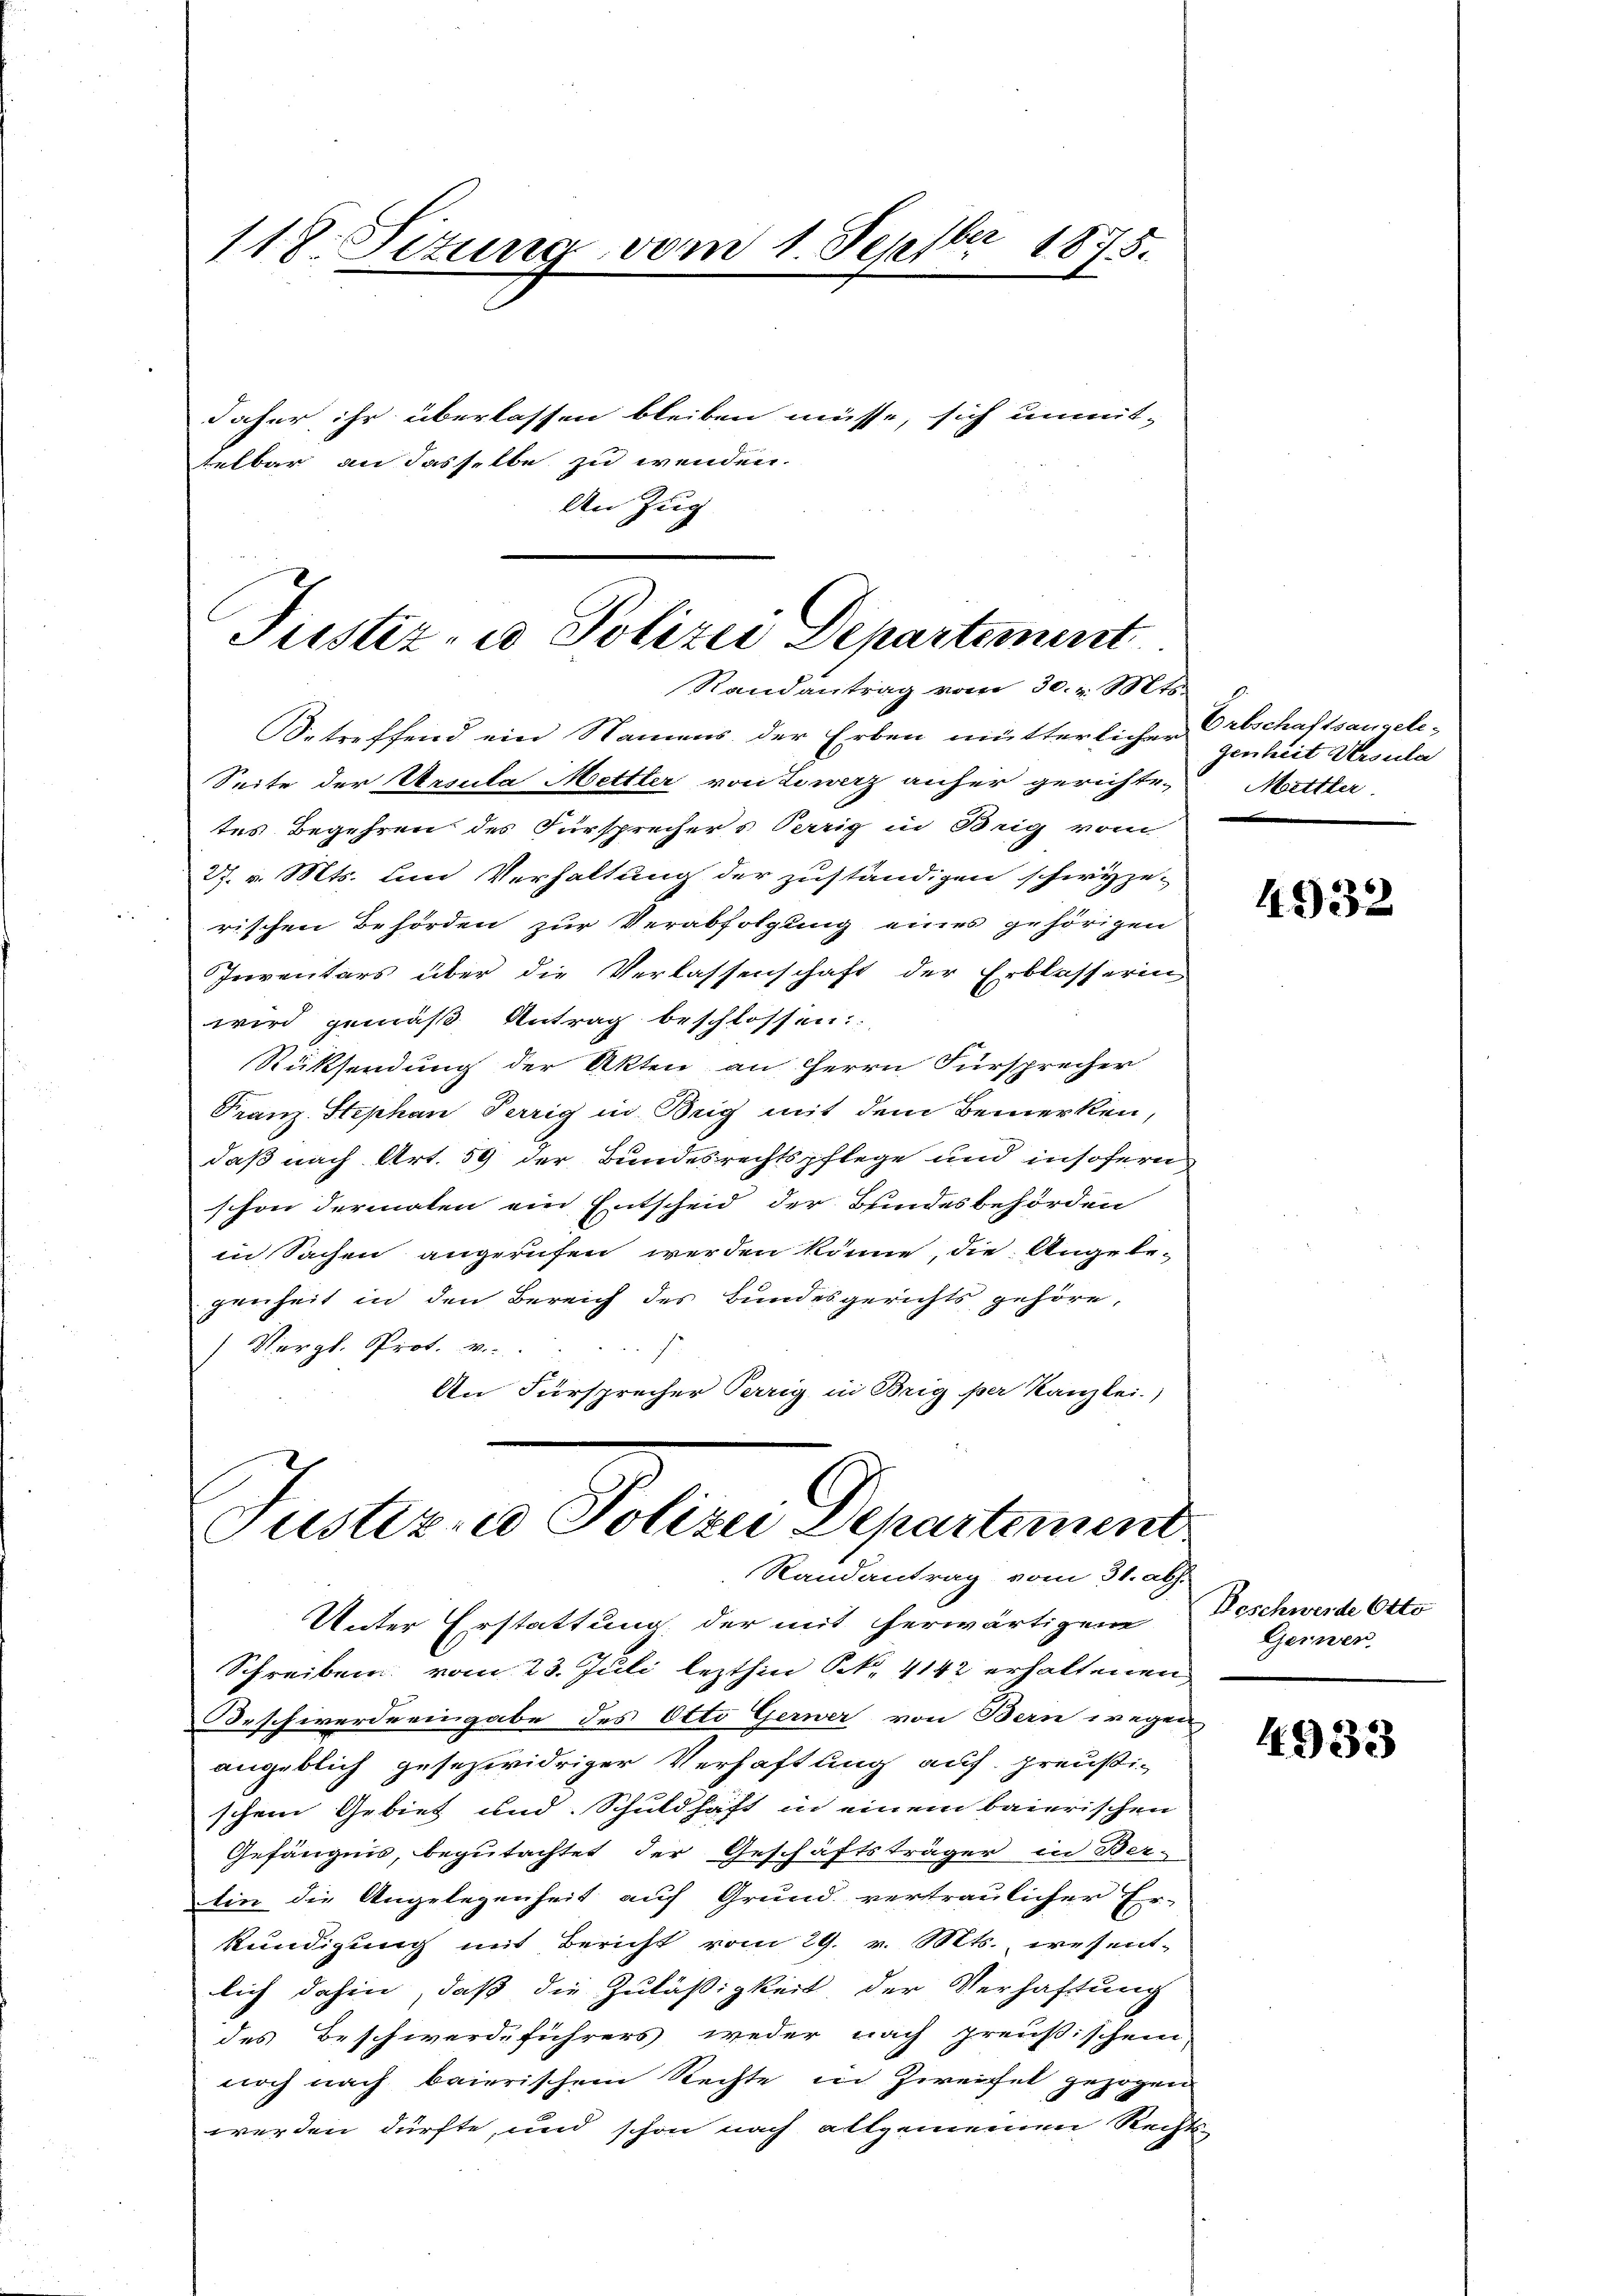
118. Situng vom 1. Septbr 1875.
daher ihr überlassen bleiben müsse, sich unmit-
telbar an dasselbe zu wenden.
An Zug

Justiz- u Polizei Departement
Randantrag vom 30. v. Mts.

Betreffend ein Namens der Erben mütterlicher Ortschaftsangele-
Seite der Ursula Mettler von Lowerz anher gerichten Mettler
tes Begehren des Fürsprechers Verrig in Brig vom
27. v. Mts. und Verhaltung der zuständigen schwyze-
rischen Behörden zur Verabfolgung eines gehörigen
Inventars über die Verlassenschaft der Erblasserin
wird gemäß Antrag beschlossen:
Rücksendung der Akten an Herrn Fürsprecher
Franz-Stephan Perrig in Beig mit dem Bemerken,
daß nach Art. 59 der Bundesrechtspflege und insofern
schon dermaten ein Entscheid der Bundesbehörden
in Sachen angerufen werden könne, die Angebe-
preiheit in den Bereich des Bundesgerichts gehöre,
) Vergl. Prot. v.
F
An Fürsprecher Terrig in Brig per Kanzlei.)

Judler in Polene Departement
Randantrag vom 31. Abs.

Unter Erstattung der mit herwärtigen
Schreiben vom 23. Juli lezthin Frk. 4142 erhaltenen
Brschwerde eingabe des Otto Gerwer von Bern wegen
angeblich gesezwidriger Verhaftung auf preußi-
schem Gebiet und Schuldhaft in einem baierischen
Gefängnis, begutachtet der Geschäftsträger in Ber-
tin die Angelegenheit auf Grund vertraulicher Er-
kundigung mit Bericht vom 29. v. Mts., wesent-
lich dahin, daß die Zuläßigkeit der Verhaftung
des Beschwerdeführers weder nach preußischem
noch nach baierischem Rechte in Zweifel gezogen
werden dürfte, und schon nach allgemeinen Rechts-

genheit Ursula

4932

Beschwerde Otto
Gerwer

4933